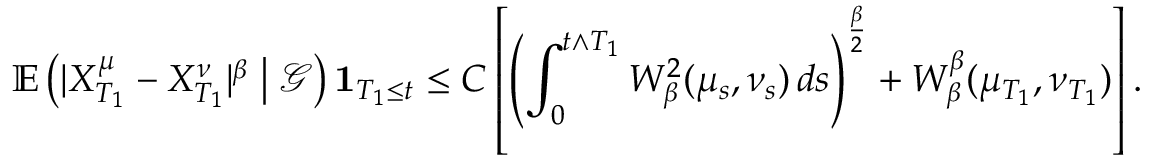
\mathbb { E } \left( | X _ { T _ { 1 } } ^ { \mu } - X _ { T _ { 1 } } ^ { \nu } | ^ { \beta } \bigm | \mathcal { G } \right) \mathbf { 1 } _ { T _ { 1 } \leq t } \leq C \left[ \left( \int _ { 0 } ^ { t \wedge T _ { 1 } } W _ { \beta } ^ { 2 } ( \mu _ { s } , \nu _ { s } ) \, d s \right) ^ { \frac { \beta } { 2 } } + W _ { \beta } ^ { \beta } ( \mu _ { T _ { 1 } } , \nu _ { T _ { 1 } } ) \right] .